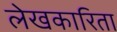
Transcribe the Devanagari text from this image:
लेखकारिता